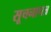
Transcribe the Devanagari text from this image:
सूचनापत्र